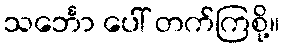
သင်္ဘော ပေါ် တက်ကြစို့။